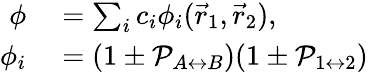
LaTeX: \begin{array}{rl}{\phi}&{{}=\sum_{i}c_{i}\phi_{i}(\vec{r}_{1},\vec{r}_{2}),}\\ {\phi_{i}}&{{}=(1\pm\mathcal{P}_{A\leftrightarrow B})(1\pm\mathcal{P}_{1\leftrightarrow 2})}\end{array}